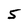
Character: 5